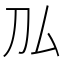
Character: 𠚦